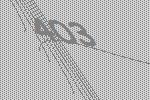
403